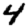
Digit: 4